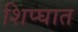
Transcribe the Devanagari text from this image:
शिप्घात